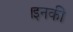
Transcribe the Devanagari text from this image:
।इनकी